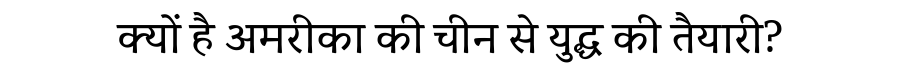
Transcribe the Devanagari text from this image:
क्यों है अमरीका की चीन से युद्ध की तैयारी?